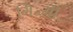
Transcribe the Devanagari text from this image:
गि॰मी॰